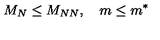
M _ { N } \leq M _ { N N } , \quad m \leq m ^ { \ast }